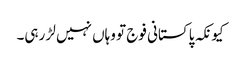
کیونکہ پاکستانی فوج تو وہاں نہیں لڑ رہی۔